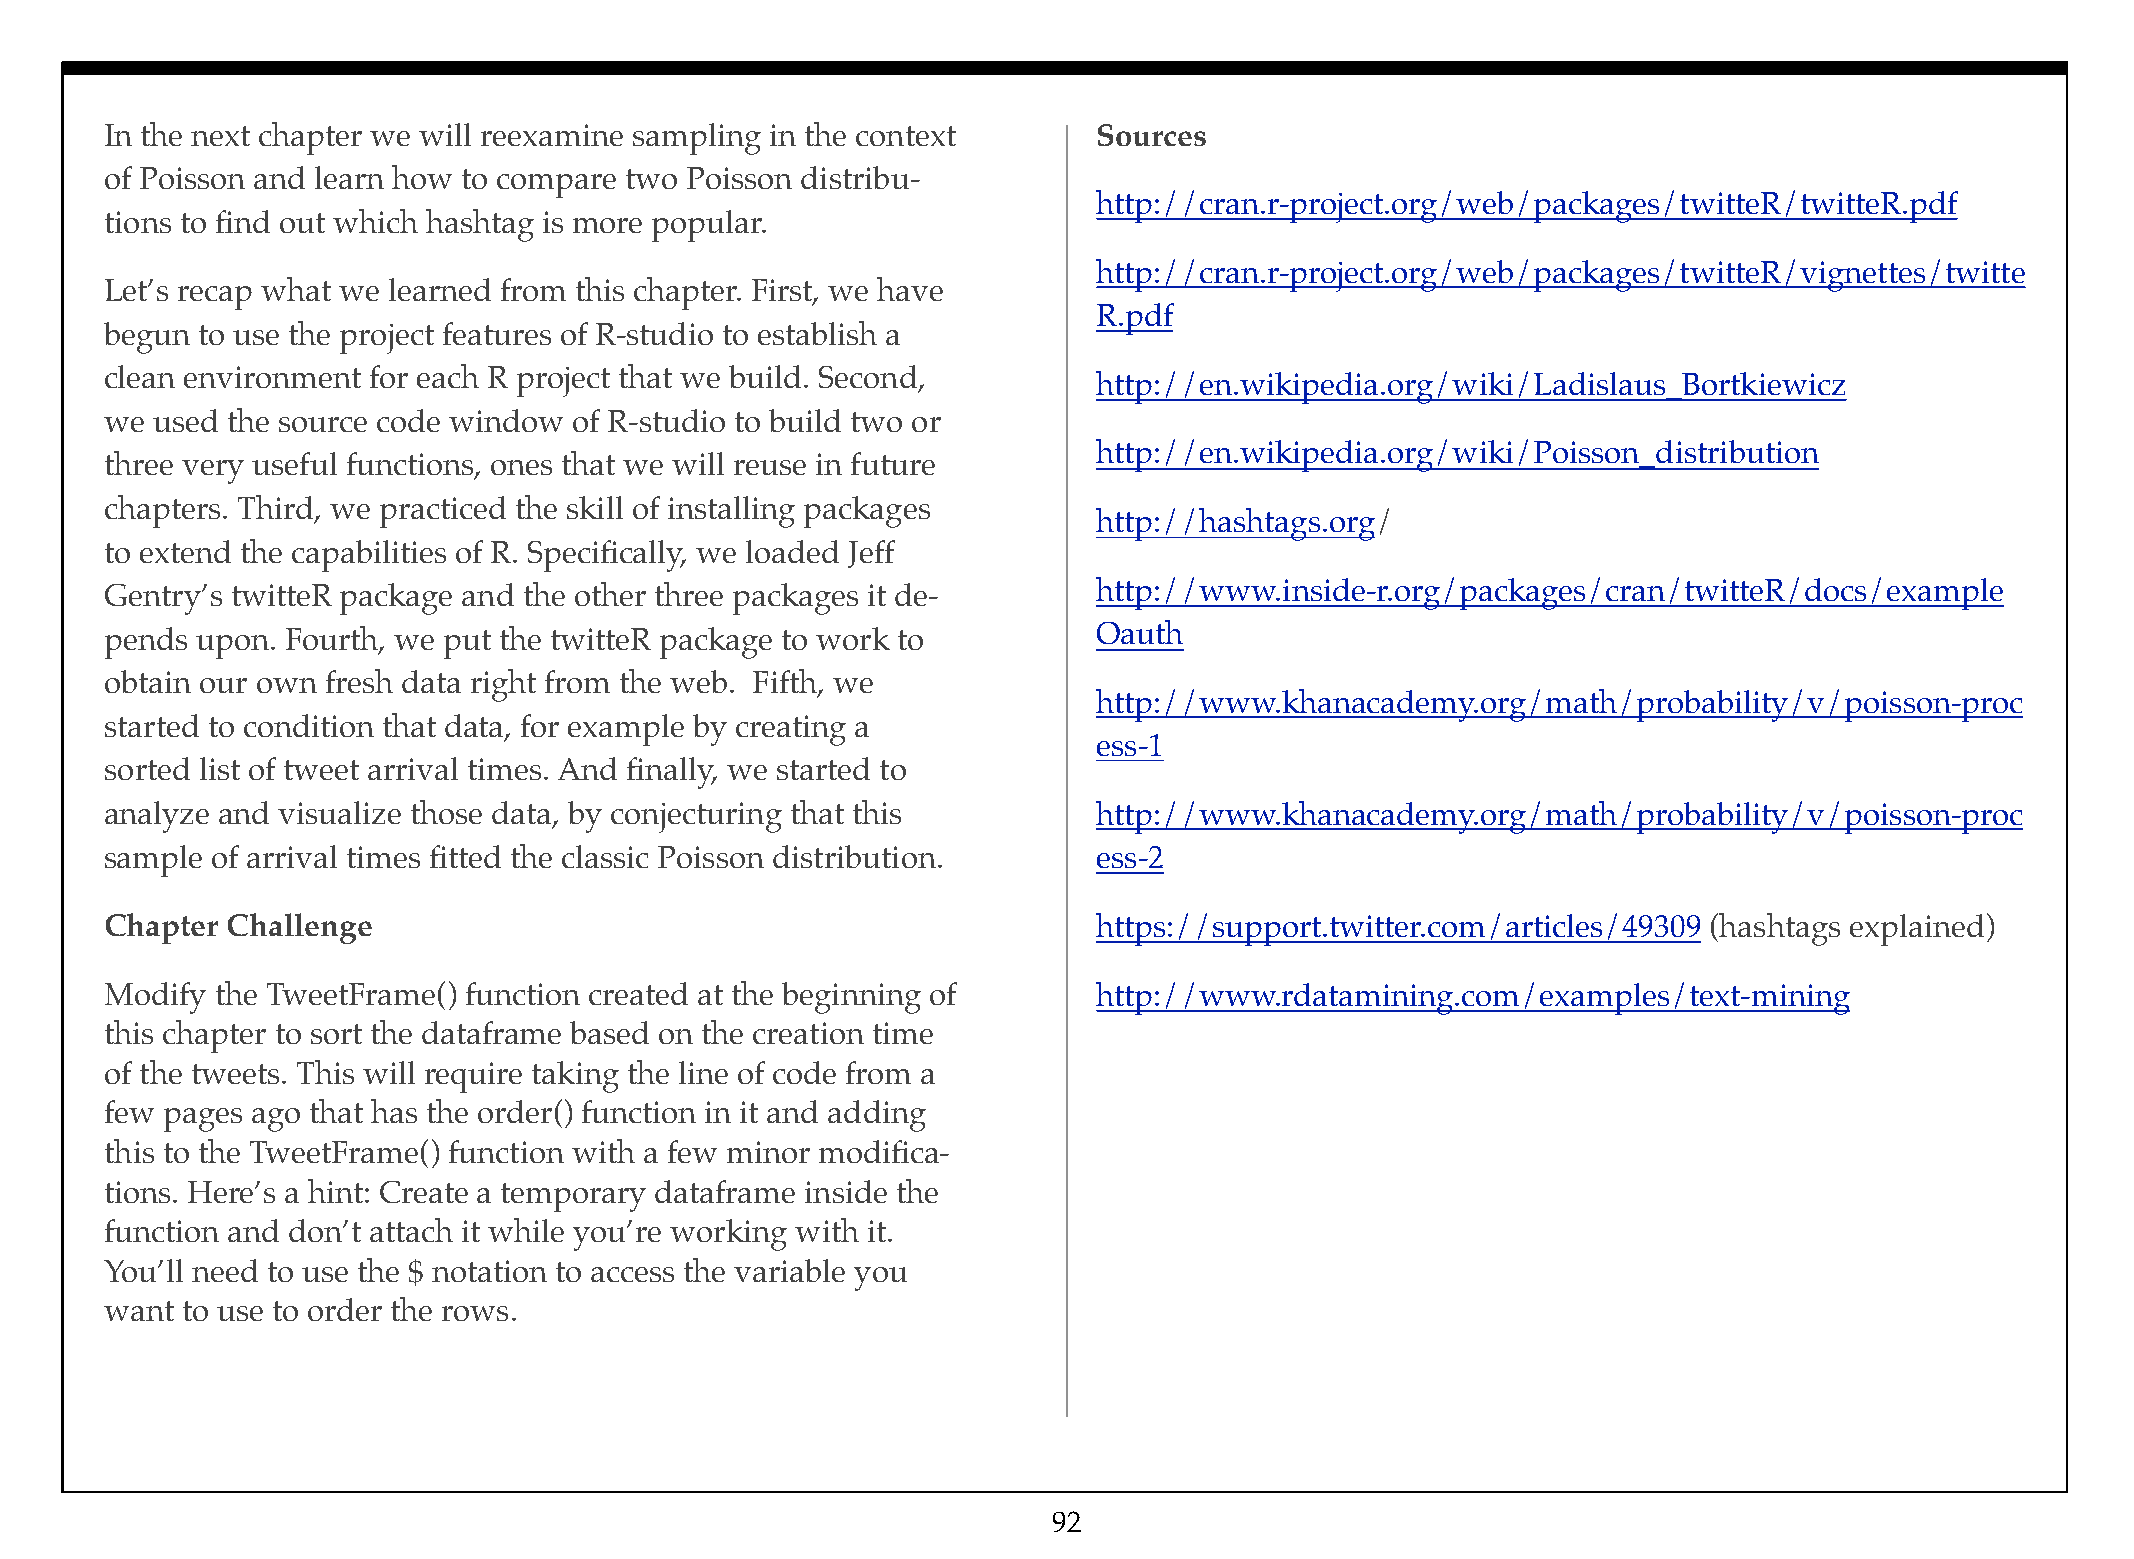
In the next chapter we will reexamine sampling in the context     Sources
 of Poisson and learn how to compare two Poisson distribu-
 http://cran.r-project.org/web/packages/twitteR/twitteR.pdf
 tions to find out which hashtag is more popular.
 http://cran.r-project.org/web/packages/twitteR/vignettes/twitte
 Let’s recap what we learned from this chapter. First, we have
 R.pdf
 begun to use the project features of R-studio to establish a
 clean environment for each R project that we build. Second,
 http://en.wikipedia.org/wiki/Ladislaus_Bortkiewicz
 we used the source code window of R-studio to build two or
 http://en.wikipedia.org/wiki/Poisson_distribution
 three very useful functions, ones that we will reuse in future
 chapters. Third, we practiced the skill of installing packages
 http://hashtags.org/
 to extend the capabilities of R. Specifically, we loaded Jeff
 Gentry’s twitteR package and the other three packages it de-      http://www.inside-r.org/packages/cran/twitteR/docs/example
 pends upon. Fourth, we put the twitteR package to work to         Oauth
 obtain our own fresh data right from the web. Fifth, we
 http://www.khanacademy.org/math/probability/v/poisson-proc
 started to condition that data, for example by creating a
 ess-1
 sorted list of tweet arrival times. And finally, we started to
 analyze and visualize those data, by conjecturing that this       http://www.khanacademy.org/math/probability/v/poisson-proc
 sample of arrival times fitted the classic Poisson distribution.  ess-2
 Chapter Challenge                                                 https://support.twitter.com/articles/49309 (hashtags explained)
 Modify the TweetFrame() function created at the beginning of      http://www.rdatamining.com/examples/text-mining
 this chapter to sort the dataframe based on the creation time
 of the tweets. This will require taking the line of code from a
 few pages ago that has the order() function in it and adding
 this to the TweetFrame() function with a few minor modifica-
 tions. Here’s a hint: Create a temporary dataframe inside the
 function and don’t attach it while you’re working with it.
 You’ll need to use the $ notation to access the variable you
 want to use to order the rows.
 92